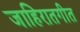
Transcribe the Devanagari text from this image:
जाहिरातगीत